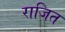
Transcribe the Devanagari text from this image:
राजित